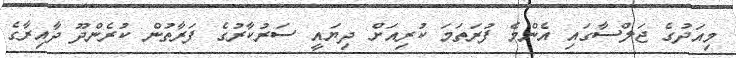
މިއަދުގެ ޖަލްސާގައި އެންމެ ފުރަތަމަ ކުރިއަށް ދިޔައީ ސަރުކާރުގެ ފަރާތުން ކުރެންދޫ ދާއިރާގެ